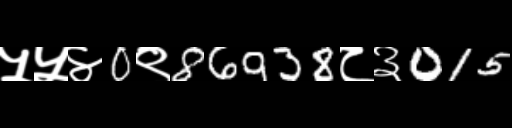
Text: ५५४0९86938८३015